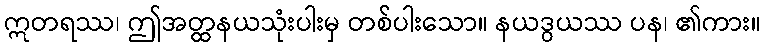
ဣတရဿ၊ ဤအတ္ထနယသုံးပါးမှ တစ်ပါးသော။ နယဒွယဿ ပန၊ ၏ကား။